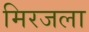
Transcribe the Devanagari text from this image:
मिरजला